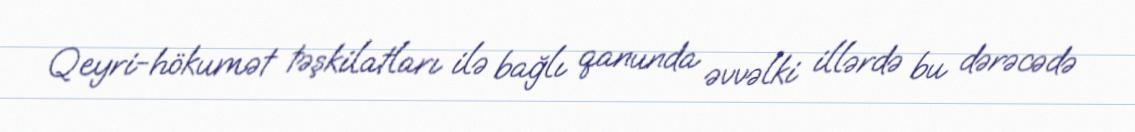
Qeyri-hökumət təşkilatları ilə bağlı qanunda əvvəlki illərdə bu dərəcədə